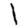
Digit: 1